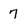
Character: 7